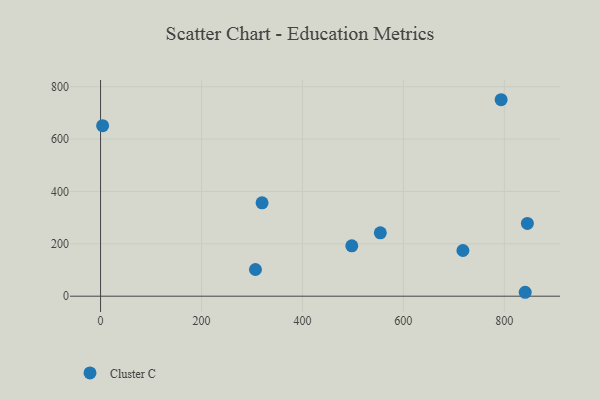
{"axis": {"x": "Investment", "y": "Sales"}, "legend": ["Cluster C"], "data": [{"x": "320.0", "y": 356.7, "type": "Cluster C"}, {"x": "497.8", "y": 192.3, "type": "Cluster C"}, {"x": "841.4", "y": 15.0, "type": "Cluster C"}, {"x": "4.1", "y": 651.1, "type": "Cluster C"}, {"x": "793.7", "y": 750.4, "type": "Cluster C"}, {"x": "554.3", "y": 242.0, "type": "Cluster C"}, {"x": "306.9", "y": 102.0, "type": "Cluster C"}, {"x": "845.7", "y": 277.8, "type": "Cluster C"}, {"x": "718.0", "y": 174.6, "type": "Cluster C"}]}